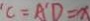
C = A ^ { \prime } D = x